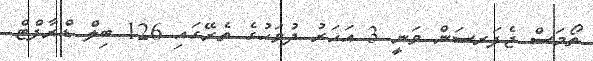
ތޯމަސް ޖެފަރސަން ވަނީ 3 އަަހަރު ދުވަހުގެ ތެރޭގައި 126 ބިލް ޑްރާފްޓް